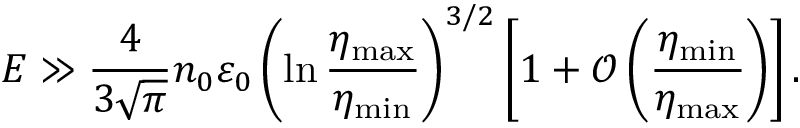
E \gg \frac { 4 } { 3 \sqrt { \pi } } n _ { 0 } \varepsilon _ { 0 } \left( \ln \frac { \eta _ { \mathrm { m a x } } } { \eta _ { \mathrm { m i n } } } \right) ^ { 3 / 2 } \left[ 1 + \mathcal { O } \left( \frac { \eta _ { \mathrm { m i n } } } { \eta _ { \mathrm { m a x } } } \right) \right] .